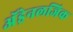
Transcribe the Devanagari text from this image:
अॅड्रेनलजिक